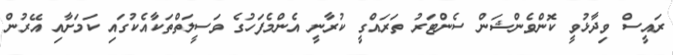
ރައީސް ވިދާޅުވީ ކޮންވެންޝަން ސެންޓަރު ތަރައްގީ ކުރާނީ އެންމެފަހުގެ ވަސީލަތްތަކާއެކުގައި ކަމަށާއި އޭރުން